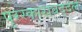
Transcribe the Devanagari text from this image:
पुरस्काराबद्दल